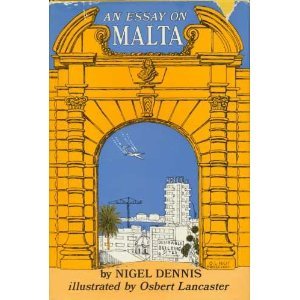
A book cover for An essay on Malta; Nigel Forbes Dennis; Travel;